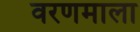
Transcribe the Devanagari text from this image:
वरणमाला